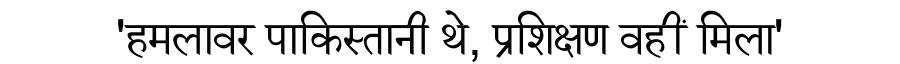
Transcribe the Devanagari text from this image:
'हमलावर पाकिस्तानी थे, प्रशिक्षण वहीं मिला'